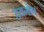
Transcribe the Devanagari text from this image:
हयगोष